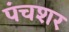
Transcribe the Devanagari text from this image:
पंचशर